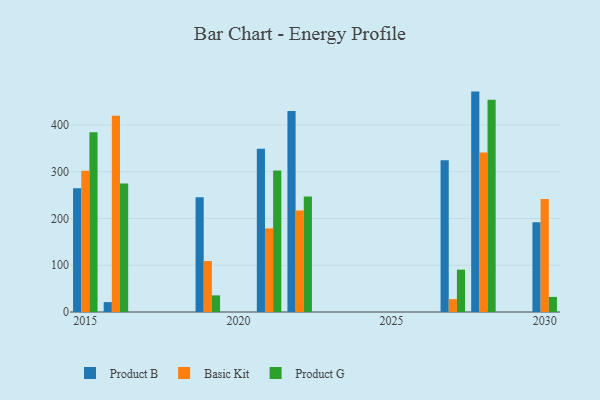
{"axis": {"x": "Year", "y": "Production Output"}, "legend": ["Basic Kit", "Product B", "Product G"], "data": [{"x": "2030", "y": 191.7, "type": "Product B"}, {"x": "2030", "y": 241.7, "type": "Basic Kit"}, {"x": "2030", "y": 32.3, "type": "Product G"}, {"x": "2015", "y": 264.7, "type": "Product B"}, {"x": "2015", "y": 301.9, "type": "Basic Kit"}, {"x": "2015", "y": 384.3, "type": "Product G"}, {"x": "2016", "y": 21.2, "type": "Product B"}, {"x": "2016", "y": 420.0, "type": "Basic Kit"}, {"x": "2016", "y": 274.6, "type": "Product G"}, {"x": "2019", "y": 245.6, "type": "Product B"}, {"x": "2019", "y": 109.0, "type": "Basic Kit"}, {"x": "2019", "y": 35.6, "type": "Product G"}, {"x": "2027", "y": 324.6, "type": "Product B"}, {"x": "2027", "y": 27.6, "type": "Basic Kit"}, {"x": "2027", "y": 90.6, "type": "Product G"}, {"x": "2021", "y": 349.2, "type": "Product B"}, {"x": "2021", "y": 178.9, "type": "Basic Kit"}, {"x": "2021", "y": 302.5, "type": "Product G"}, {"x": "2022", "y": 430.1, "type": "Product B"}, {"x": "2022", "y": 217.1, "type": "Basic Kit"}, {"x": "2022", "y": 247.3, "type": "Product G"}, {"x": "2028", "y": 471.4, "type": "Product B"}, {"x": "2028", "y": 341.3, "type": "Basic Kit"}, {"x": "2028", "y": 454.1, "type": "Product G"}]}